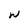
Character: W